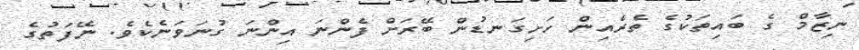
ނިޒާމް ގެ ބައިތަކުގެ ތެރެއިން ހަށިގަނޑުން ބޭރަށް ފެންނަ އިންނަ ގުނަވަނެކެވެ. ނޭފަތުގެ